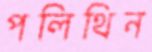
পলিথিন